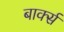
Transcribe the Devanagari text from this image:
बार्क्स